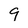
Character: 9